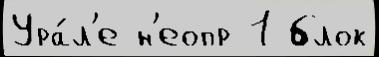
Ура́л'е н'еопр 1 блок